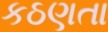
કઠણતા